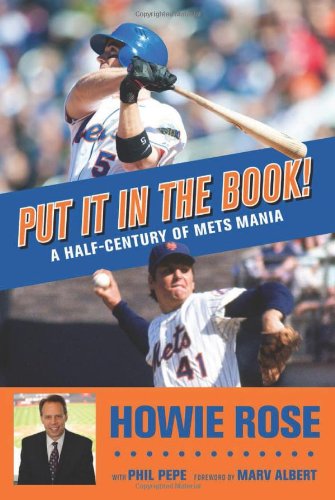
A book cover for Put It In the Book!: A Half-Century of Mets Mania; Howie Rose; Biographies & Memoirs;